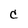
Character: C